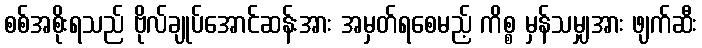
စစ်အစိုးရသည် ဗိုလ်ချုပ်အောင်ဆန်းအား အမှတ်ရစေမည့် ကိစ္စ မှန်သမျှအား ဖျက်ဆီး